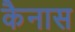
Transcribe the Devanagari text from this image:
कैनास